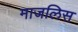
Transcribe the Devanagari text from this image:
माजलिस